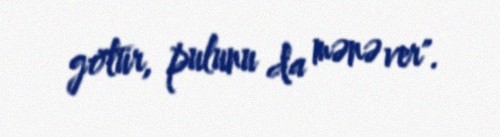
götür, pulunu da mənə ver".